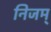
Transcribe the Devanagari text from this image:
निजम्